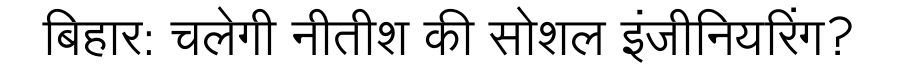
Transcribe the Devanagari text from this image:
बिहार: चलेगी नीतीश की सोशल इंजीनियरिंग?